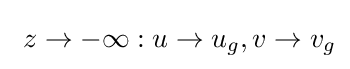
\ z\to -\infty :u\to u_{g},v\to v_{g}